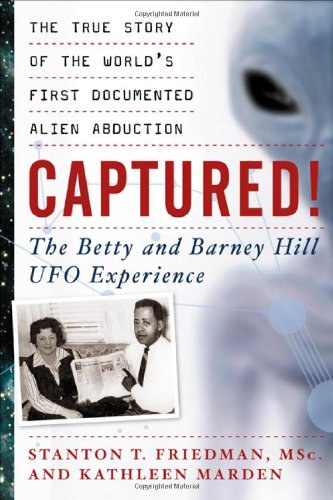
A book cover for Captured! The Betty and Barney Hill UFO Experience: The True Story of the World's First Documented Alien Abduction; Stanton T. Friedman; Science & Math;